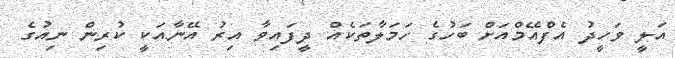
އަލީ ވަހީދު އެފްއޭމްއަށް ބަހުގެ ހަމަލާތަކެއް ދީފައިވާ އިރު އޭނާއަކީ ކުރިން ނިއުގެ